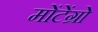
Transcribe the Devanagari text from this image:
मोंटेंग्रो